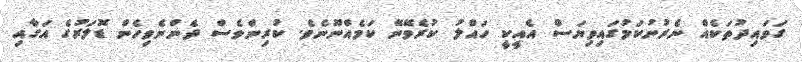
ގަވައިދުތަކެއް ނެރުނުކަމުގައިވިޔަސް އެއީކީ ހައްލު ކުރެވޭނޭ ކަމެއްނޫނެވެ. ކުރިންވެސް ދެންނެވިހެން ޑޮލަރުގެ އަގާއި